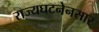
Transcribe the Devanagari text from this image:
राज्यघटनेनसार